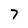
Character: 7